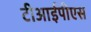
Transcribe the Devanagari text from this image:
टीआईपीएस